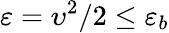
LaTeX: \varepsilon=\upsilon^{2}/2\leq\varepsilon_{b}